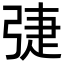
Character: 𢏵